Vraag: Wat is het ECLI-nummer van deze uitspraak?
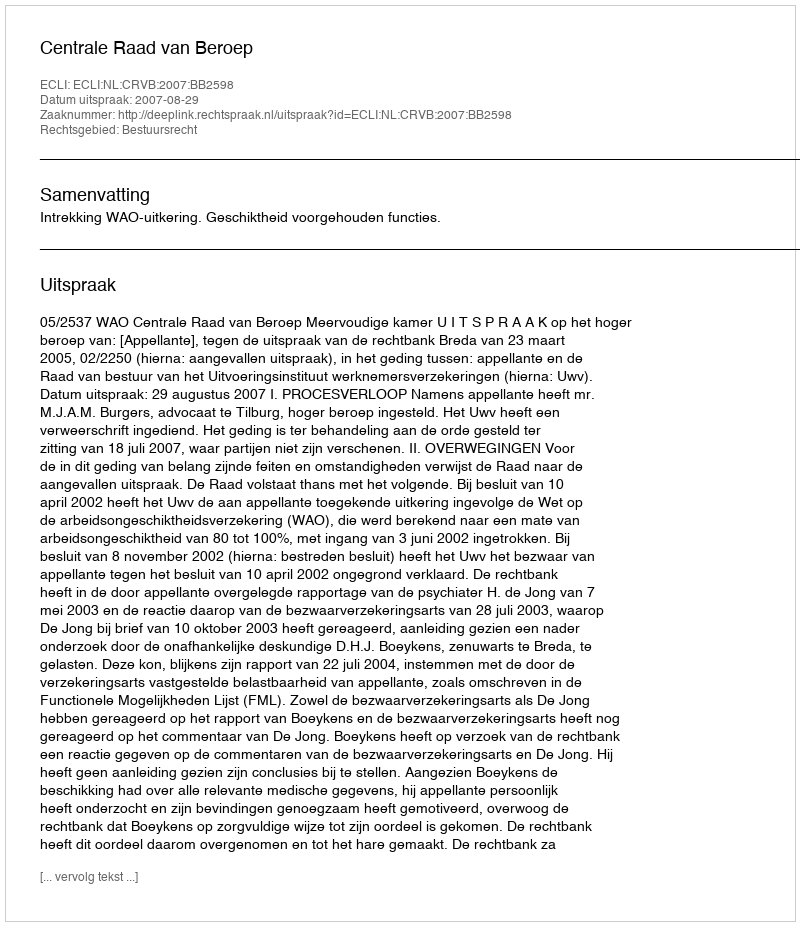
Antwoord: ECLI:NL:CRVB:2007:BB2598